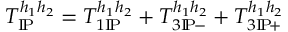
T _ { \mathrm { I } \! \mathrm { P } } ^ { h _ { 1 } h _ { 2 } } = T _ { 1 \mathrm { I } \! \mathrm { P } } ^ { h _ { 1 } h _ { 2 } } + T _ { 3 \mathrm { I } \! \mathrm { P } \! - } ^ { h _ { 1 } h _ { 2 } } + T _ { 3 \mathrm { I } \! \mathrm { P } \! + } ^ { h _ { 1 } h _ { 2 } }